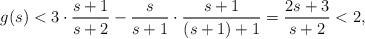
LaTeX: \begin{align*} g(s) &< 3 \cdot \frac{s+1}{s+2} - \frac{s}{s+1} \cdot \frac{s+1}{(s+1)+1} = \frac{2s+3}{s+2} < 2, \end{align*}